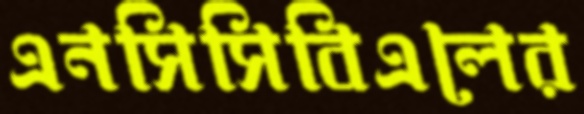
এনসিসিবিএলের